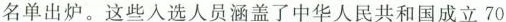
名单出炉。这些人选人员涵盖了中华人民共和国成立70